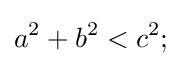
a^{2}+b^{2}<c^{2};